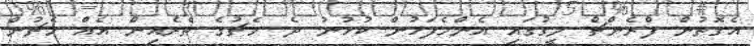
އެގޮތުން ފްރެންޗް ލީގުގައި އެންމެފަހުން ކުޅުނު ދެ މެޗުގެ ތެރެއިން އެއް މެޗުން